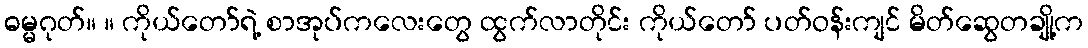
ဓမ္မဂုတ်။ ။ ကိုယ်တော်ရဲ့ စာအုပ်ကလေးတွေ ထွက်လာတိုင်း ကိုယ်တော် ပတ်ဝန်းကျင် မိတ်ဆွေတချို့က